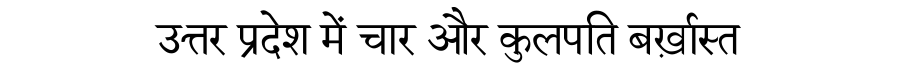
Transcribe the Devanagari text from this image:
उत्तर प्रदेश में चार और कुलपति बर्ख़ास्त